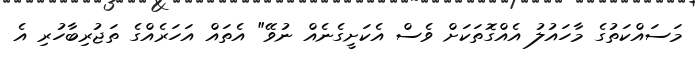
މަސައްކަތުގެ މާހައުލު އެއްގޮތަކަށް ވެސް އެކަށީގެނެއް ނުވޭ" އެތައް އަހަރެއްގެ ތަޖުރިބާހުރި އެ